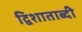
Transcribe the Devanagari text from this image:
द्विशाताब्दी